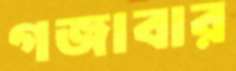
গজাবার